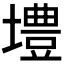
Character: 𪤡